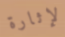
لإثارة